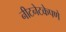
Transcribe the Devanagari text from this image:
नीटनेटकेपणे